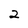
Character: 2